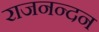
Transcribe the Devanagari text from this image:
राजनन्दन